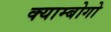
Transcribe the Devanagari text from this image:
क्याम्बोगो